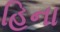
હિના